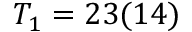
T _ { 1 } = 2 3 ( 1 4 )